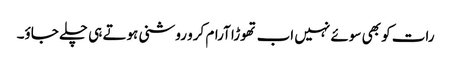
رات کو بھی سوئے نہیں اب تھوڑا آرام کرو روشنی ہوتے ہی چلے جاؤ۔